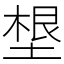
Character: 𡏒